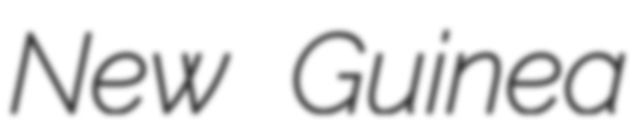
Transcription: New Guinea